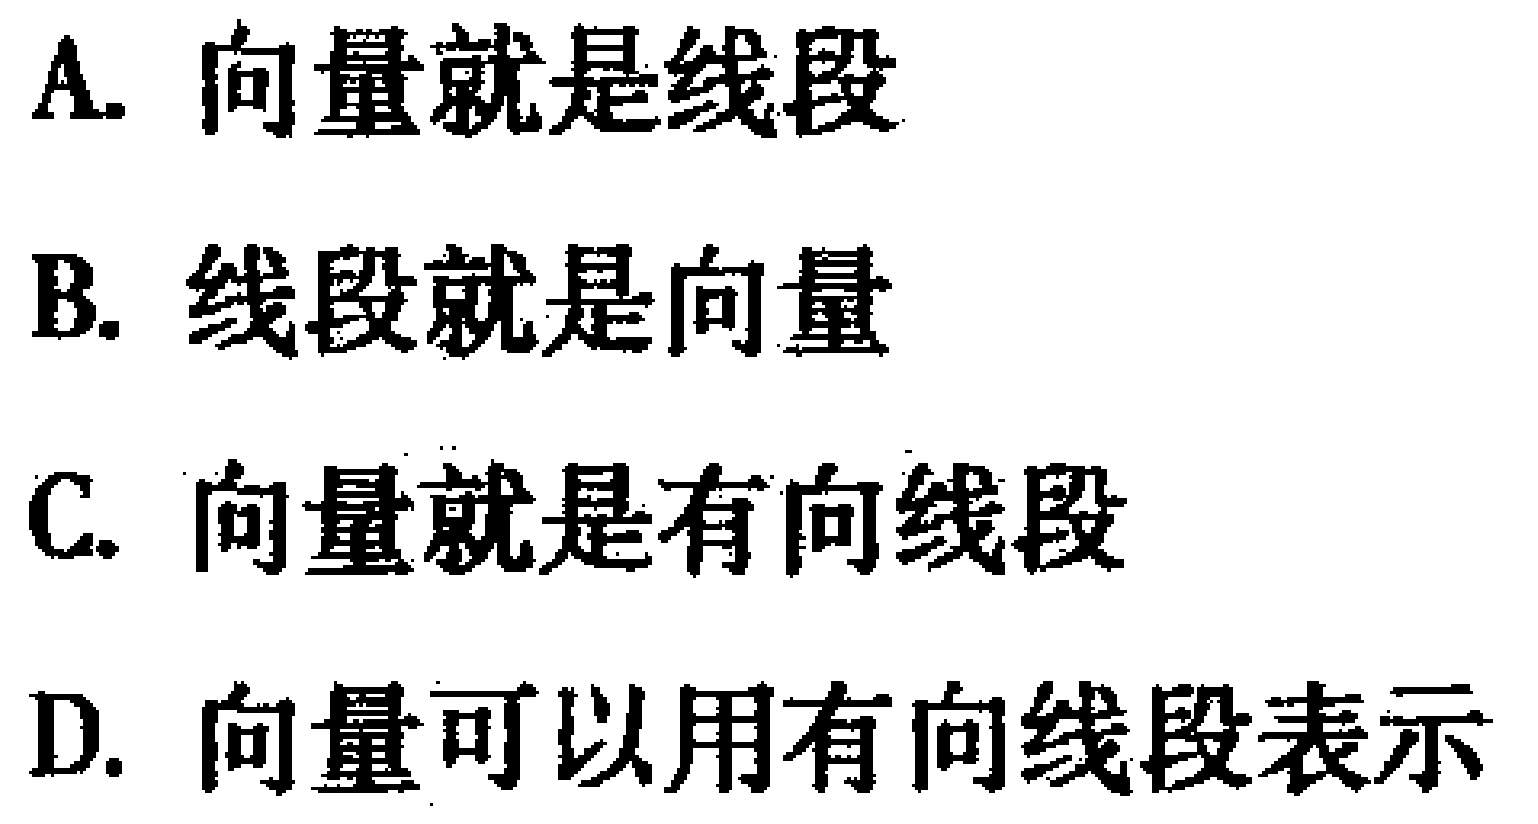
A. 向量就是线段
B. 线段就是向量
C. 向量就是有向线段
D. 向量可以用有向线段表示